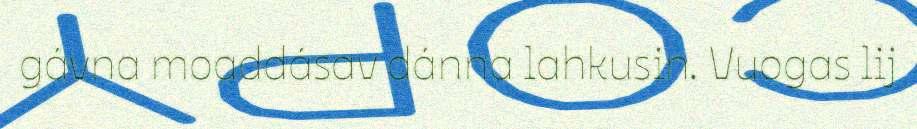
gávna moaddásav dánna lahkusin. Vuogas lij